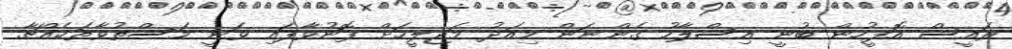
ރައީސް އޮފީހުން ބުނީ އިސްލާހު ގެންނަން މިއަދު މަޖިލީހަށް ފޮނުވާފައި ވަނީ މަސްތުވާތަކެއްޗާ